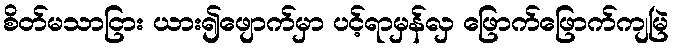
စိတ်မသာငြား ယား၍ဖျောက်မှာ ပင့်ရာမှန်လှ ဖြောက်ဖြောက်ကျမြဲ